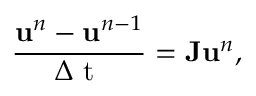
\frac { \ensuremath { \mathbf { u } } ^ { n } - \ensuremath { \mathbf { u } } ^ { n - 1 } } { \ensuremath { \Delta \mathrm { ~ t ~ } } } = \mathbf { J } \ensuremath { \mathbf { u } } ^ { n } ,